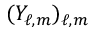
( Y _ { \ell , m } ) _ { \ell , m }